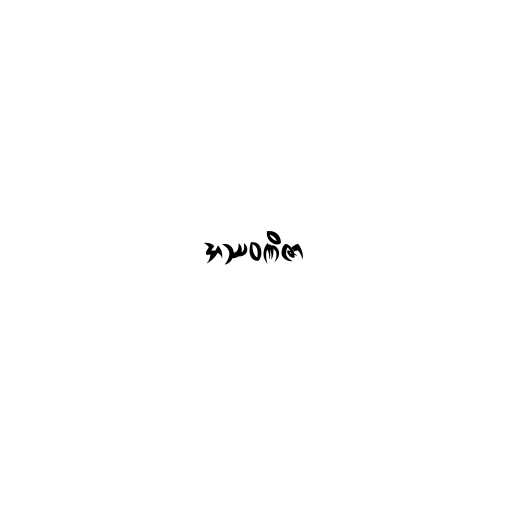
အဿဝဏိဇာ